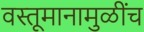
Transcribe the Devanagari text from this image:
वस्तूमानामुळींच